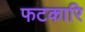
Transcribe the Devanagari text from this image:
फटकारि